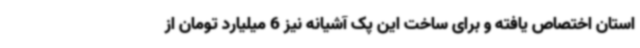
استان اختصاص یافته و برای ساخت این پک آشیانه نیز 6 میلیارد تومان از